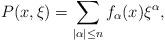
LaTeX: \begin{align*}P(x,\xi)=\sum_{|\alpha|\leq n}f_{\alpha}(x)\xi^{\alpha},\end{align*}